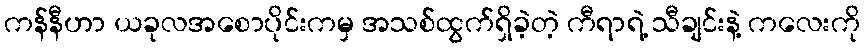
ကန်နီဟာ ယခုလအစောပိုင်းကမှ အသစ်ထွက်ရှိခဲ့တဲ့ ကီရာရဲ့ သီချင်းနဲ့ ကလေးကို